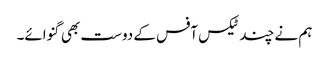
ہم نے چند ٹیکس آفس کے دوست بھی گنوائے۔